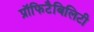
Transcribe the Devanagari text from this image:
प्रॉफिटैबिलिटी